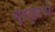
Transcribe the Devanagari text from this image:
गृहकृत्ये